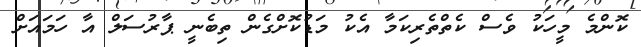
ކޮންމެ މީހަކު ވެސް ކެތްތެރިކަމާ އެކު މަޑުކޮށްގެން ތިބެނީ ޕާރުސަލް އާ ހަމައަށް